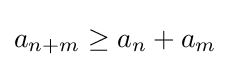
a_{n+m}\geq a_{n}+a_{m}